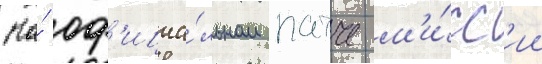
На́ оф'ициа́льном патче м'и́сс'ии